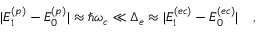
\begin{array} { r } { \vert E _ { 1 } ^ { ( p ) } - E _ { 0 } ^ { ( p ) } \vert \approx \hbar \omega _ { c } \ll \Delta _ { e } \approx \vert E _ { 1 } ^ { ( e c ) } - E _ { 0 } ^ { ( e c ) } \vert \quad , } \end{array}